Vaccination in Bombay 1924-1928 - 1924-1928
Year: 1924
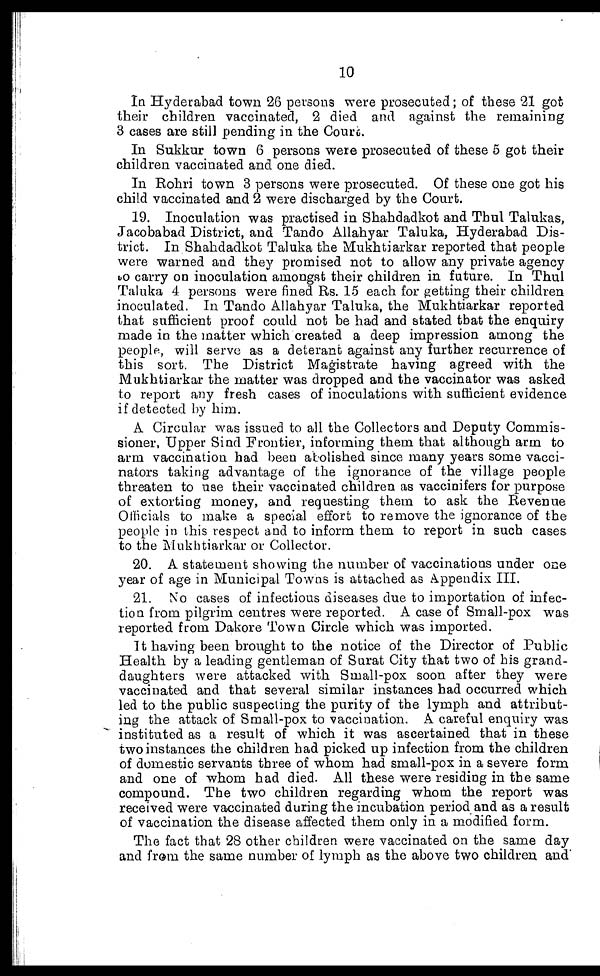
10
In Hyderabad town 26 persons were prosecuted; of these 21 got
their children vaccinated, 2 died and against the remaining
3 cases are still pending in the Court.
In Sukkur town 6 persons were prosecuted of these 5 got their
children vaccinated and one died.
In Rohri town 3 persons were prosecuted. Of these one got his
child vaccinated and 2 were discharged by the Court.
19. Inoculation was practised in Shahdadkot and Thul Talukas,
Jacobabad District, and Tando Allahyar Taluka, Hyderabad Dis-
trict. In Shahdadkot Taluka the Mukhtiarkar reported that people
were warned and they promised not to allow any private agency
to carry on inoculation amongst their children in future. In Thul
Taluka 4 persons were fined Rs. 15 each for getting their children
inoculated. In Tando Allahyar Taluka, the Mukhtiarkar reported
that sufficient proof could not be had and stated that the enquiry
made in the matter which created a deep impression among the
people, will serve as a deterant against any further recurrence of
this sort. The District Magistrate having agreed with the
Mukhtiarkar the matter was dropped and the vaccinator was asked
to report any fresh cases of inoculations with sufficient evidence
if detected by him.
A Circular was issued to all the Collectors and Deputy Commis-
sioner, Upper Sind Frontier, informing them that although arm to
arm vaccination had been abolished since many years some vacci¬
nators taking advantage of the ignorance of the village people
threaten to use their vaccinated children as vaccinifers for purpose
of extorting money, and requesting them to ask the Revenue
Officials to make a special effort to remove the ignorance of the
people in this respect and to inform them to report in such cases
to the Mukhtiarkar or Collector.
20. A statement showing the number of vaccinations under one
year of age in Municipal Towns is attached as Appendix III.
21. No cases of infectious diseases due to importation of infec-
tion from pilgrim centres were reported. A case of Small-pox was
reported from Dakore Town Circle which was imported.
It having been brought to the notice of the Director of Public
Health by a leading gentleman of Surat City that two of his grand-
daughters were attacked with Small-pox soon after they were
vaccinated and that several similar instances had occurred which
led to the public suspecting the purity of the lymph and attribut-
ing the attack of Small-pox to vaccination. A careful enquiry was
instituted as a result of which it was ascertained that in these
two instances the children had picked up infection from the children
of domestic servants three of whom had small-pox in a severe form
and one of whom had died. All these were residing in the same
compound. The two children regarding whom the report was
received were vaccinated during the incubation period and as a result
of vaccination the disease affected them only in a modified form.
The fact that 28 other children were vaccinated on the same day
and from the same number of lymph as the above two children and'